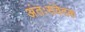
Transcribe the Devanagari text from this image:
अंतःसंवेदक